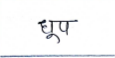
मजकूर: धूप